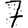
Digit: 7